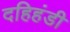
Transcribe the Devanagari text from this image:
दहिहंडी